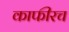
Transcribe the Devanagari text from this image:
काफीरच